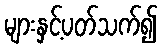
များနှင့်ပတ်သက်၍